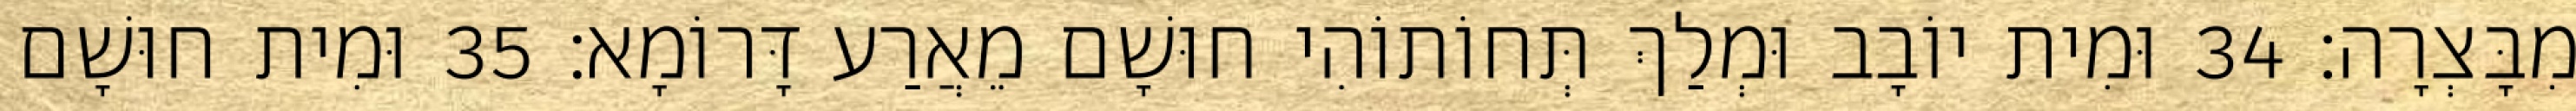
מִבָּצְרָה׃ 34 וּמִית יוֹבָב וּמְלַךְ תְּחוֹתוֹהִי חוּשָׁם מֵאֲרַע דָּרוֹמָא׃ 35 וּמִית חוּשָׁם